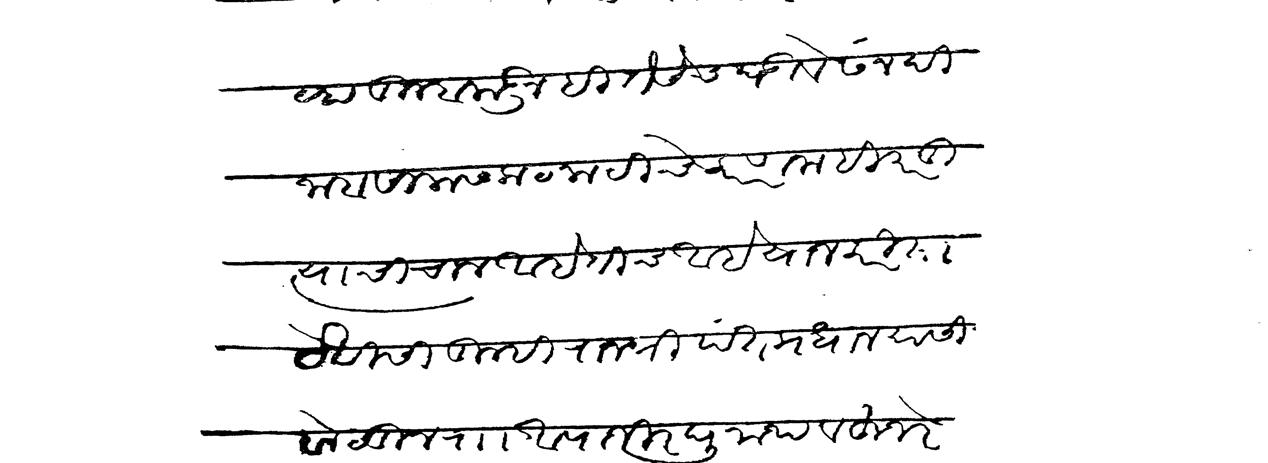
Transliteration (Devanagari): व्हा तुम्हाकडूनहि तैसेच घडावे सनदी जाबसालास कटकटीचे कारण नाही परंतु त्याची चाल आहें तीच आहे याजकरिता येविसी तुम्ही राजश्री पंतप्रधान यासी बोलून राा आपाजी रघुनाथ व हुजरे